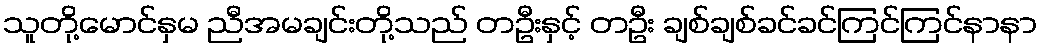
သူတို့မောင်နှမ ညီအမချင်းတို့သည် တဦးနှင့် တဦး ချစ်ချစ်ခင်ခင်ကြင်ကြင်နာနာ